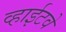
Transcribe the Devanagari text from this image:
व्हाईटवे